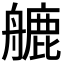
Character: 𦪇